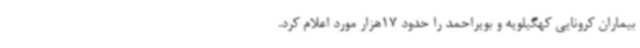
بیماران کرونایی کهگیلویه و بویراحمد را حدود 17هزار مورد اعلام کرد.